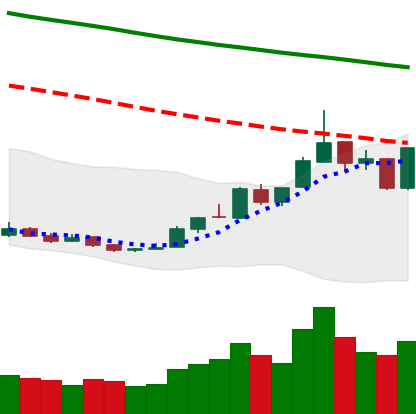
Ticker: ETH-USD
Chart end date: 2018-12-28
Forward return: 12.642%
Label: up_7plus